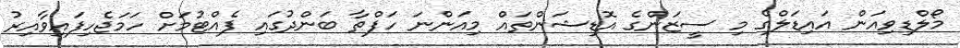
މޯލްޑިވިއަން އައިޑަލްގެ މި ސީޒަންގެ އޮޑިޝަންތައް މިއަންނަ ހަފްތާ ބަންދުގައި ފެއްޓުމަށް ހަމަޖެހިފައިވާއިރު